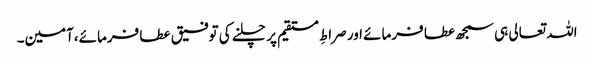
اللہ تعالی ہی سمجھ عطا فرمائے اور صراطِ مستقیم پر چلنے کی توفیق عطا فرمائے،آمین۔